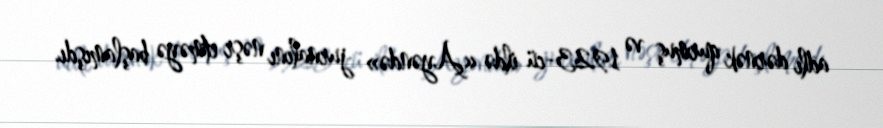
adlı dərnək qurmuş və 1923-cü ildə «Ayəndə» jurnalını nəşr etməyə başlamışdı.